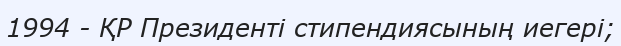
1994 - ҚР Президенті стипендиясының иегері;